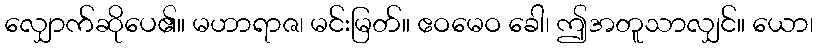
လျှောက်ဆိုပေ၏။ မဟာရာဇ၊ မင်းမြတ်။ ဧဝမေဝ ခေါ၊ ဤအတူသာလျှင်။ ယော၊